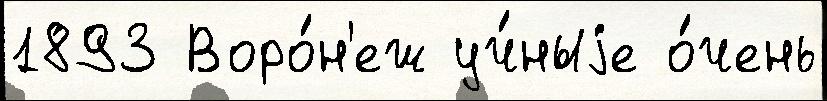
1893 Воро́н'еж уч́ныjе о́чень